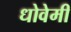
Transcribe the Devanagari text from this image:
धोवेमी